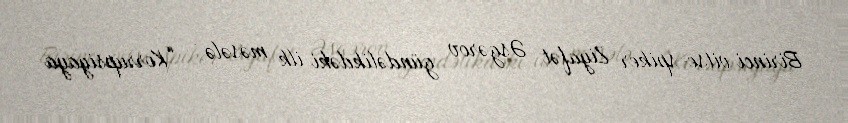
Birinci vitse-spiker Ziyafət Əsgərov gündəlikdəki ilk məsələ - “Korrupsiyaya